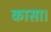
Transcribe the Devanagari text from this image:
कासा।